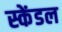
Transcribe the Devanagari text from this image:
स्केंडल